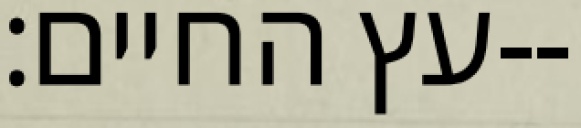
עץ החיים׃--